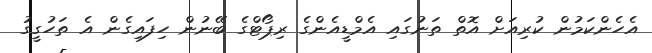
އެހެންކަމުން ކުރިއަށް އޮތް ތަނުގައި އެމްޑީއެންގެ ރިޕޯޓްގެ ބޭނުން ހިފައިގެން އެ ތަހުގީގު